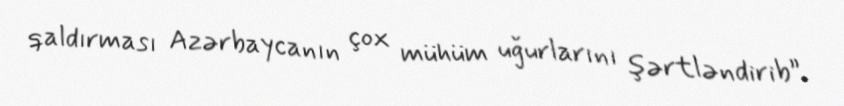
qaldırması Azərbaycanın çox mühüm uğurlarını şərtləndirib”.